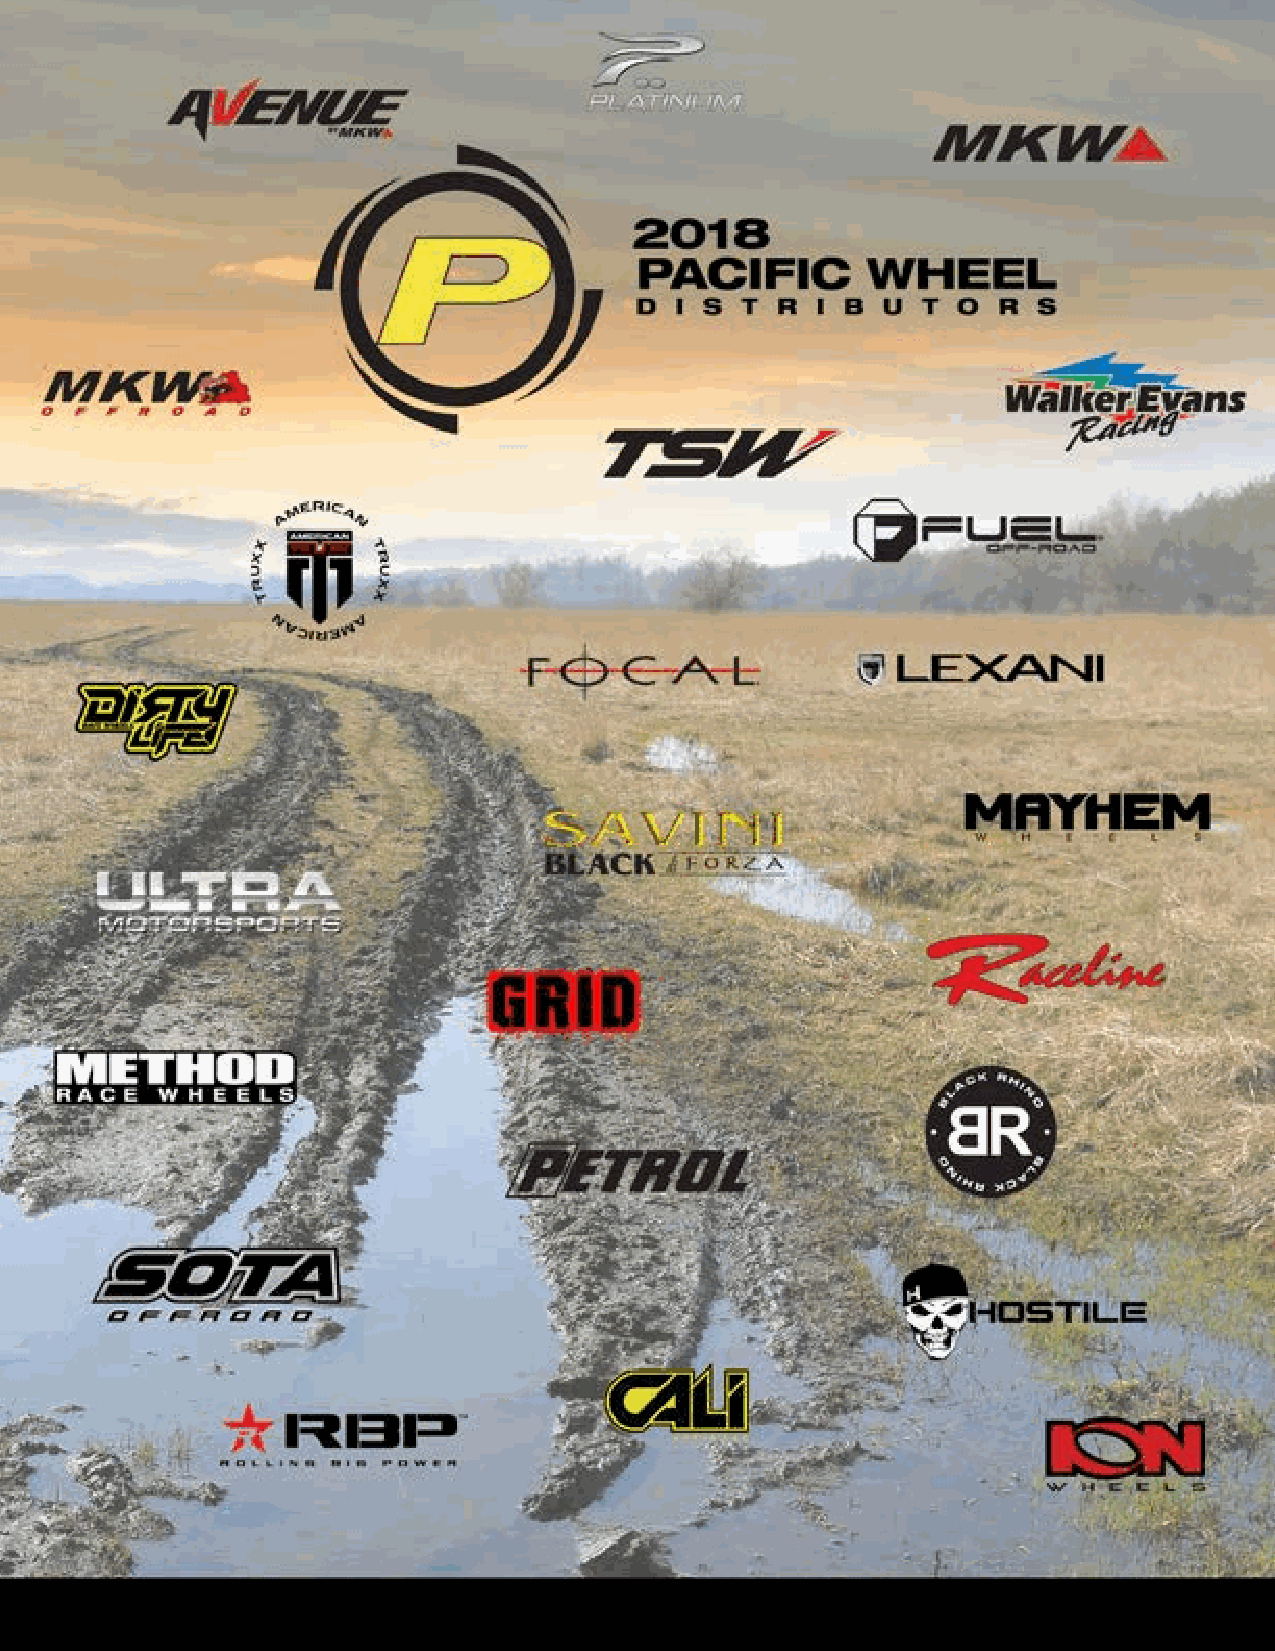
1.888.310.9353                              1